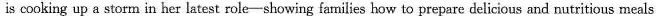
is cooking up a storm in her latest role-showing families how to prepare delicious and nutritious meals